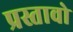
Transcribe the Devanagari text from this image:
प्रस्तावो